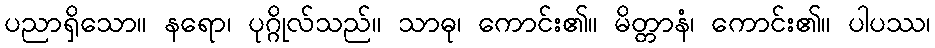
ပညာရှိသော။ နရော၊ ပုဂ္ဂိုလ်သည်။ သာဓု၊ ကောင်း၏။ မိတ္တာနံ၊ ကောင်း၏။ ပါပဿ၊